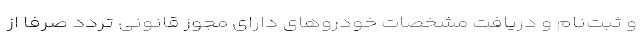
و ثبت‌نام و دریافت مشخصات خودروهای دارای مجوز قانونی تردد صرفا از